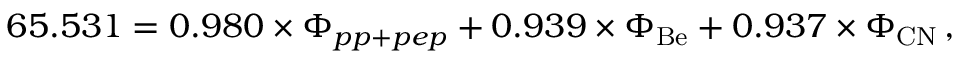
6 5 . 5 3 1 = 0 . 9 8 0 \times \Phi _ { p p + p e p } + 0 . 9 3 9 \times \Phi _ { \mathrm { B e } } + 0 . 9 3 7 \times \Phi _ { \mathrm { C N } } \, ,